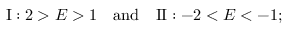
\mathrm { I } : 2 > E > 1 \quad \mathrm { a n d } \quad \mathrm { I I } : - 2 < E < - 1 ;